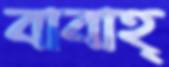
বাবাহ্